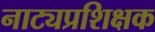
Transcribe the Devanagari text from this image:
नाट्यप्रशिक्षक